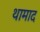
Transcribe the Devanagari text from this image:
थामाद